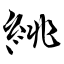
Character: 絩